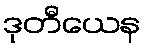
ဒုတီယေန